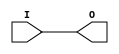
module IBUFG_PCIX (O, I);

    output O;

    input  I;

	buf B1 (O, I);


endmodule